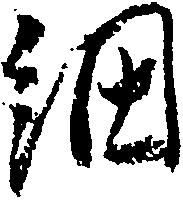
細